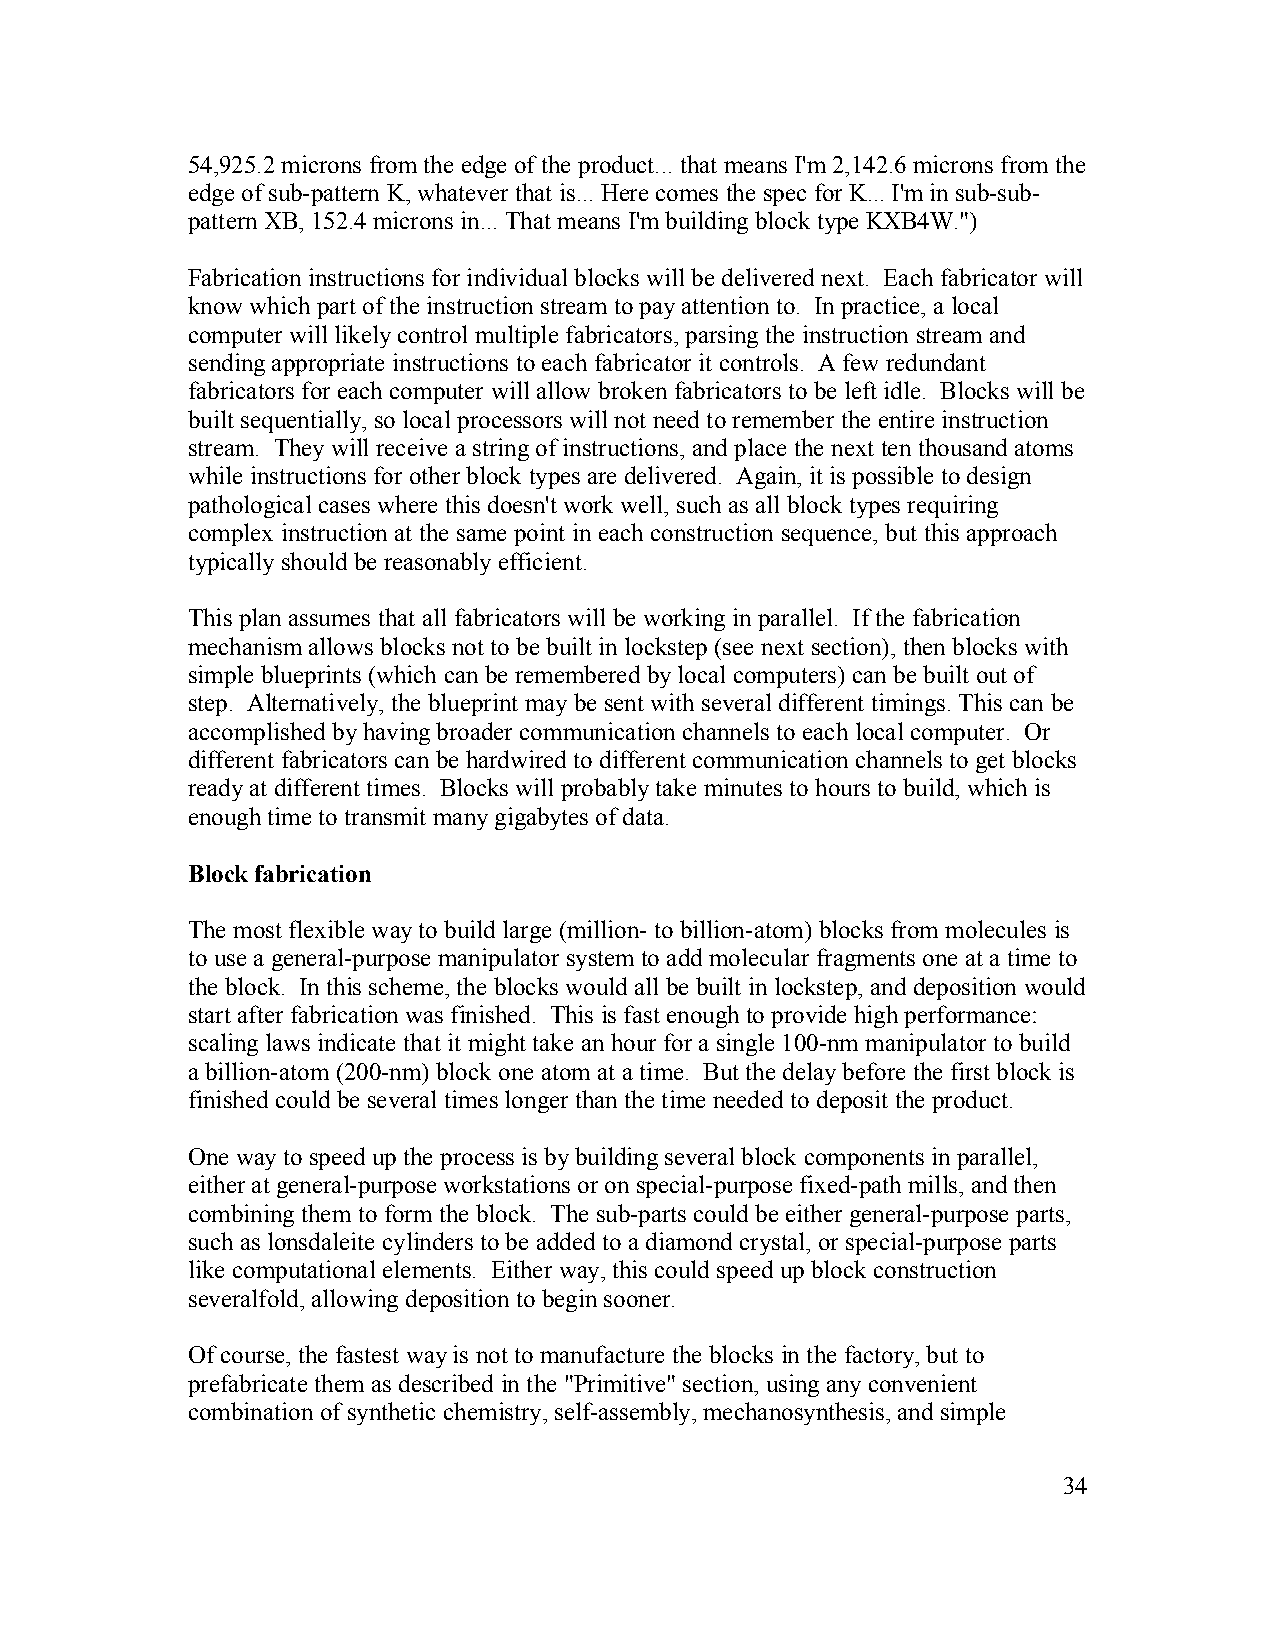
54,925.2 microns from the edge of the product... that means I'm 2,142.6 microns from the
 edge of sub-pattern K, whatever that is... Here comes the spec for K... I'm in sub-sub-
 pattern XB, 152.4 microns in... That means I'm building block type KXB4W.")
 Fabrication instructions for individual blocks will be delivered next. Each fabricator will
 know which part of the instruction stream to pay attention to. In practice, a local
 computer will likely control multiple fabricators, parsing the instruction stream and
 sending appropriate instructions to each fabricator it controls. A few redundant
 fabricators for each computer will allow broken fabricators to be left idle. Blocks will be
 built sequentially, so local processors will not need to remember the entire instruction
 stream. They will receive a string of instructions, and place the next ten thousand atoms
 while instructions for other block types are delivered. Again, it is possible to design
 pathological cases where this doesn't work well, such as all block types requiring
 complex instruction at the same point in each construction sequence, but this approach
 typically should be reasonably efficient.
 This plan assumes that all fabricators will be working in parallel. If the fabrication
 mechanism allows blocks not to be built in lockstep (see next section), then blocks with
 simple blueprints (which can be remembered by local computers) can be built out of
 step. Alternatively, the blueprint may be sent with several different timings. This can be
 accomplished by having broader communication channels to each local computer. Or
 different fabricators can be hardwired to different communication channels to get blocks
 ready at different times. Blocks will probably take minutes to hours to build, which is
 enough time to transmit many gigabytes of data.
 Block fabrication
 The most flexible way to build large (million- to billion-atom) blocks from molecules is
 to use a general-purpose manipulator system to add molecular fragments one at a time to
 the block. In this scheme, the blocks would all be built in lockstep, and deposition would
 start after fabrication was finished. This is fast enough to provide high performance:
 scaling laws indicate that it might take an hour for a single 100-nm manipulator to build
 a billion-atom (200-nm) block one atom at a time. But the delay before the first block is
 finished could be several times longer than the time needed to deposit the product.
 One way to speed up the process is by building several block components in parallel,
 either at general-purpose workstations or on special-purpose fixed-path mills, and then
 combining them to form the block. The sub-parts could be either general-purpose parts,
 such as lonsdaleite cylinders to be added to a diamond crystal, or special-purpose parts
 like computational elements. Either way, this could speed up block construction
 severalfold, allowing deposition to begin sooner.
 Of course, the fastest way is not to manufacture the blocks in the factory, but to
 prefabricate them as described in the "Primitive" section, using any convenient
 combination of synthetic chemistry, self-assembly, mechanosynthesis, and simple
 34